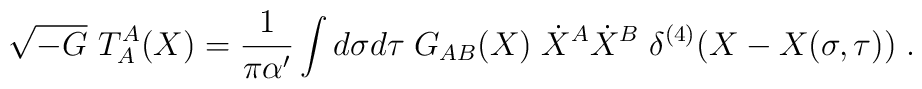
\sqrt{-G}~ T^A_A(X) = \frac{1}{\pi \alpha'} \int d\sigma d\tau\;G_{AB}(X) \;  {\dot X}^A {\dot X}^B \;\delta^{(4)}(X - X(\sigma, \tau) ) \; .